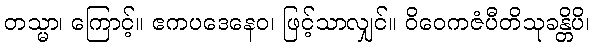
တသ္မာ၊ ကြောင့်။ ဧကပဒေနေဝ၊ ဖြင့်သာလျှင်။ ဝိဝေကဇံပီတိသုခန္တိပိ၊